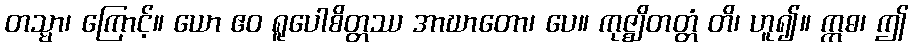
တသ္မာ၊ ကြောင့်။ ယော ဧဝ ရူပေါစိတ္တဿ အာဃာတော၊ ပေ။ ကုဇ္ဈိတတ္တံ တိ၊ ဟူ၍။ ဣဓ၊ ဤ